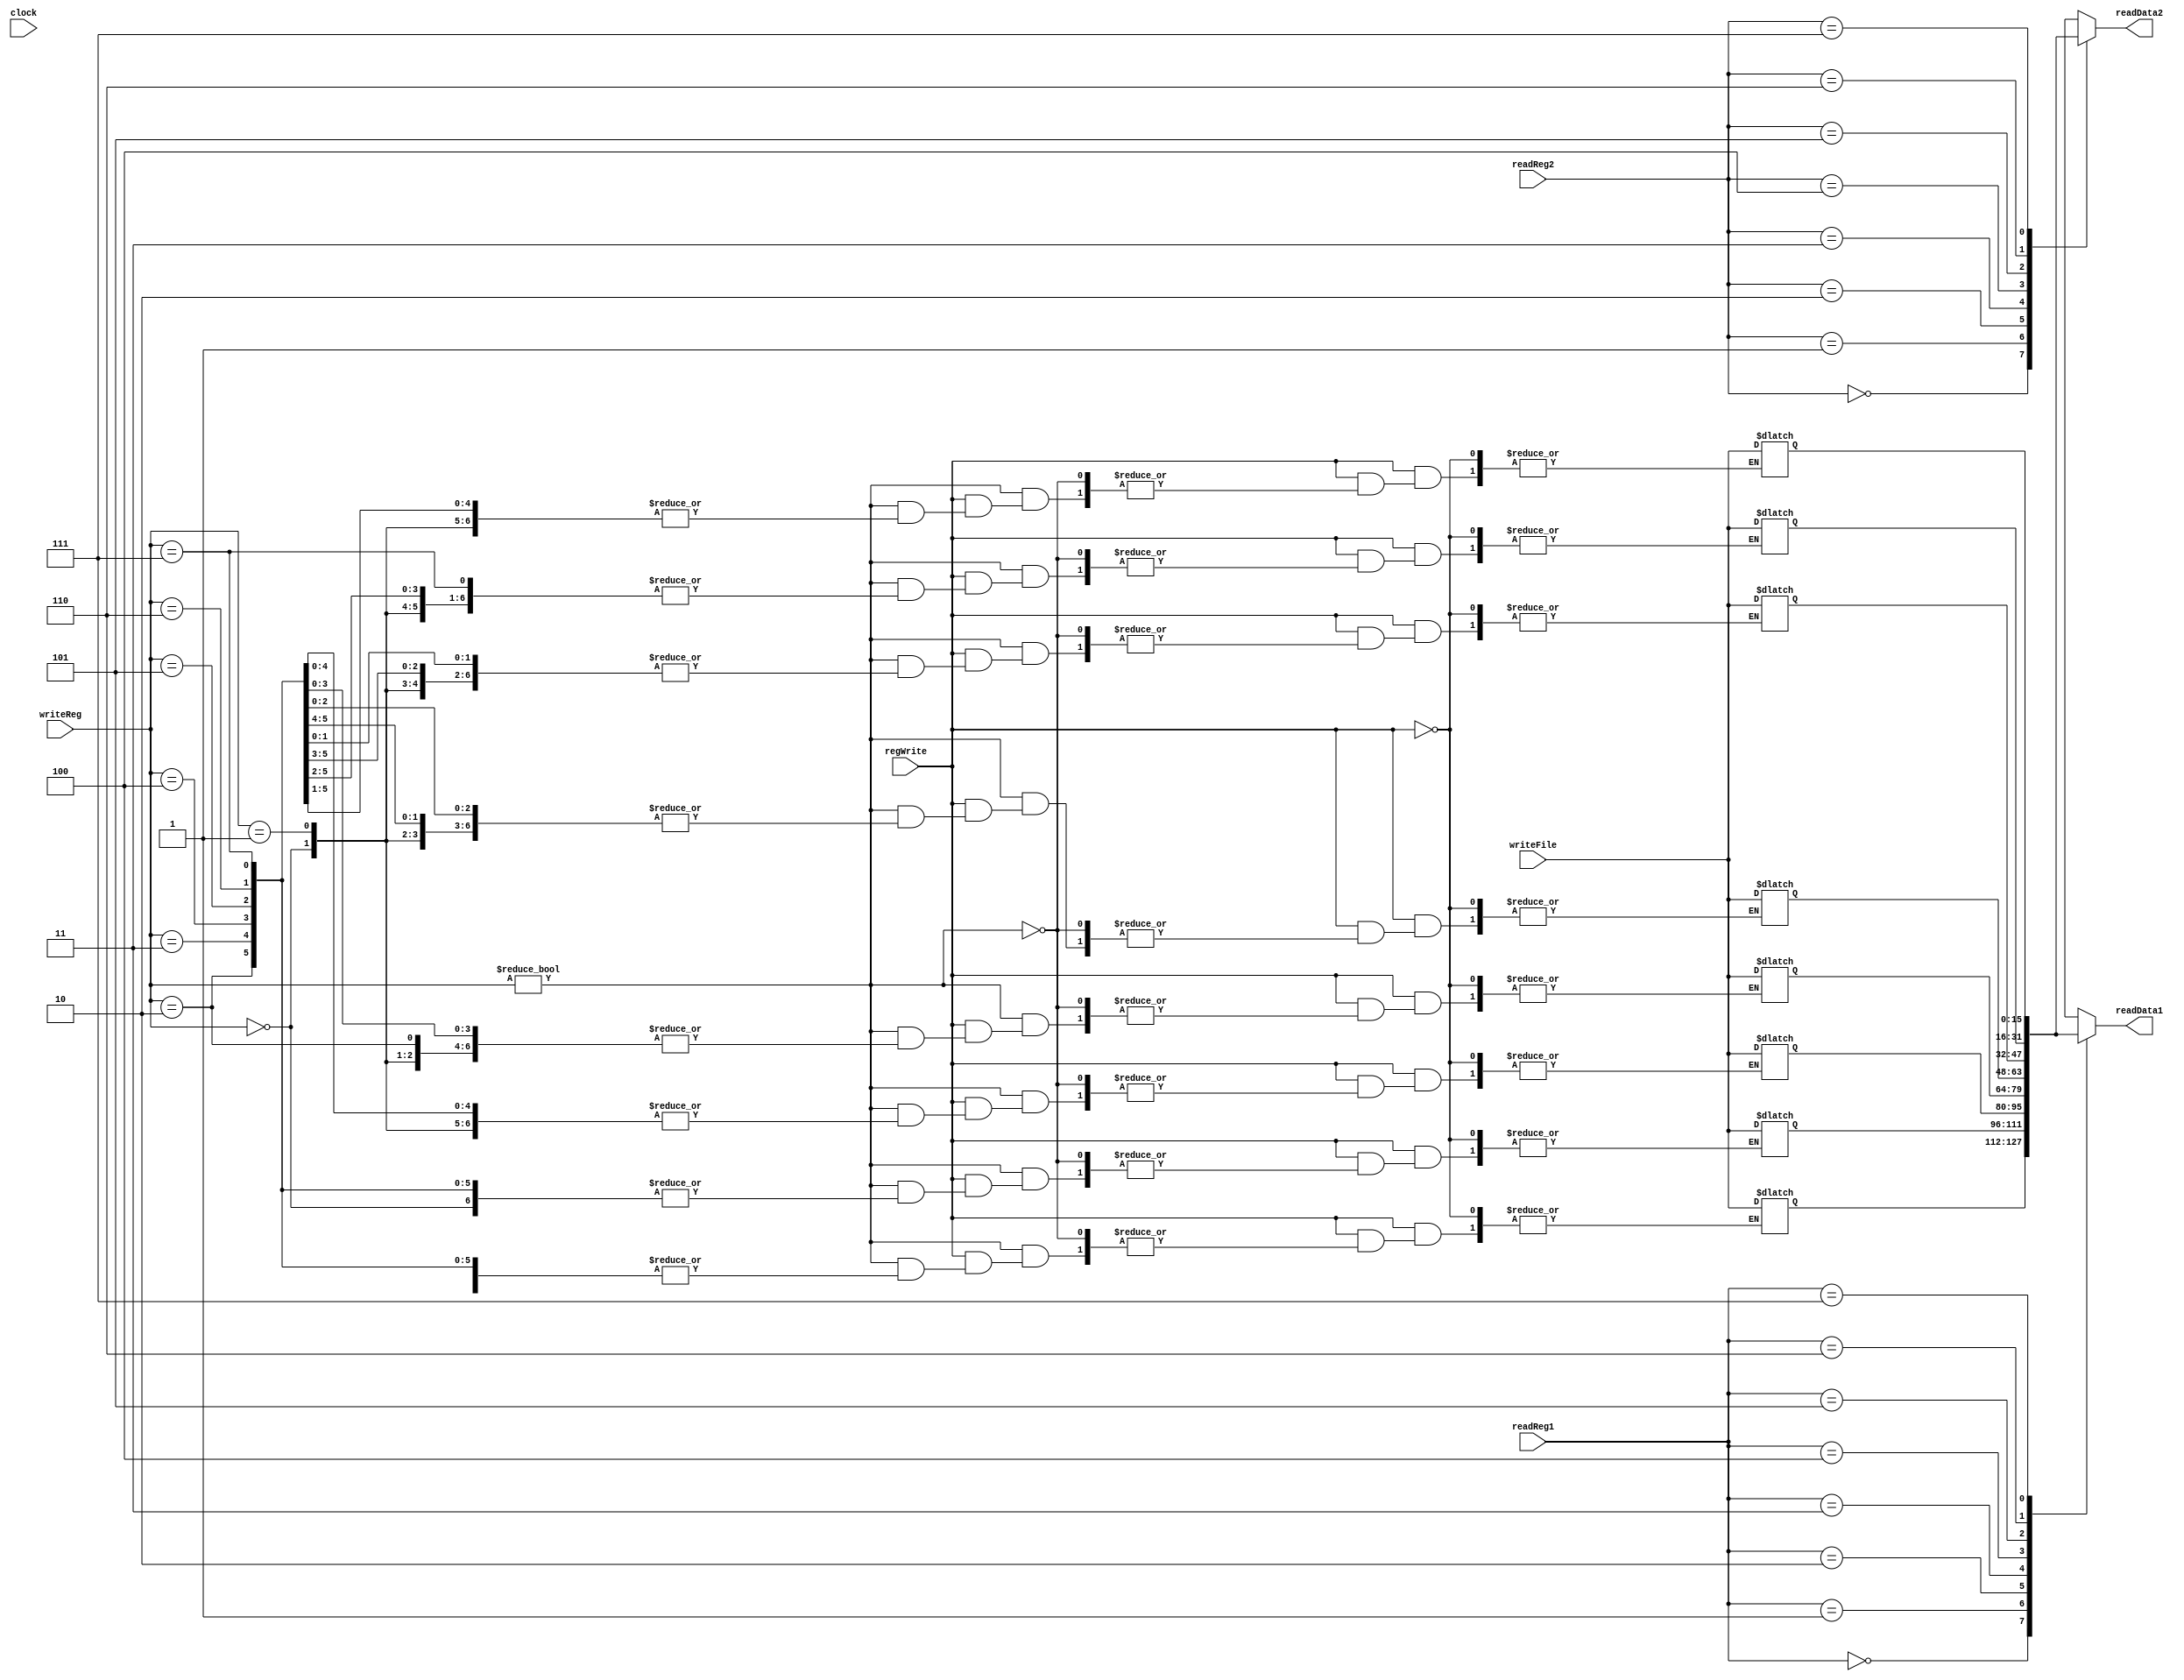
`timescale 1ns / 1ps
//////////////////////////////////////////////////////////////////////////////////
// Company: 
// Engineer: 
// 
// Design Name: 
// Module Name:    RegisterFile 
// Project Name: 
// Target Devices: 
// Tool versions: 
// Description: 
//
// Dependencies: 
//
// Revision: 
// Revision 0.01 - File Created
// Additional Comments: 
//
//////////////////////////////////////////////////////////////////////////////////
module RegisterFile(
    input [2:0] writeReg,
    input [2:0] readReg1,
    input [2:0] readReg2,
    input [15:0] writeFile,
    input clock,
    input regWrite,
    output reg [15:0] readData1,
    output reg [15:0] readData2
    );
	 
reg [15:0] register [0:7];

initial readData1 = 0;
initial readData2 = 0;
initial register[0] = 0;
initial register[1] = 0;
initial register[2] = 256;//stack pointer
initial register[3] = 0;
initial register[4] = 0;
initial register[5] = 0;
initial register[6] = 0;
initial register[7] = 0;


always @ (writeReg or readReg1 or readReg2 or writeFile or regWrite)
begin
  readData1 = register[readReg1];
  readData2 = register[readReg2];
  //if (writeReg ==0) $display("Warning: Tried to write to 0 register!");
  if (regWrite == 1) #1 begin
    if (writeReg !=0) register[writeReg] = writeFile;
  end
end
endmodule